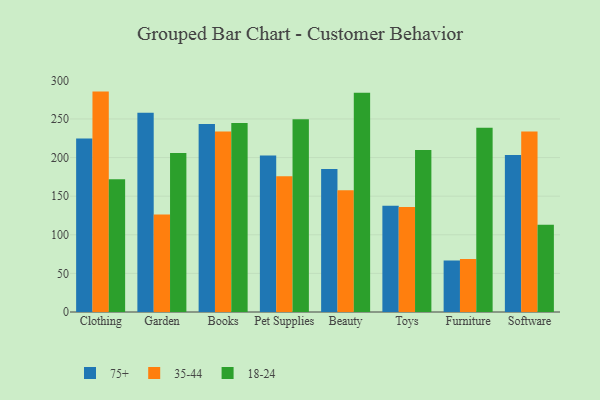
{"axis": {"x": "Category", "y": "Production Output"}, "legend": ["18-24", "35-44", "75+"], "data": [{"x": "Clothing", "y": 224.8, "type": "75+"}, {"x": "Clothing", "y": 285.4, "type": "35-44"}, {"x": "Clothing", "y": 171.9, "type": "18-24"}, {"x": "Garden", "y": 257.9, "type": "75+"}, {"x": "Garden", "y": 126.1, "type": "35-44"}, {"x": "Garden", "y": 205.9, "type": "18-24"}, {"x": "Books", "y": 243.5, "type": "75+"}, {"x": "Books", "y": 233.6, "type": "35-44"}, {"x": "Books", "y": 244.7, "type": "18-24"}, {"x": "Pet Supplies", "y": 202.6, "type": "75+"}, {"x": "Pet Supplies", "y": 175.8, "type": "35-44"}, {"x": "Pet Supplies", "y": 249.7, "type": "18-24"}, {"x": "Beauty", "y": 185.1, "type": "75+"}, {"x": "Beauty", "y": 157.6, "type": "35-44"}, {"x": "Beauty", "y": 284.0, "type": "18-24"}, {"x": "Toys", "y": 137.5, "type": "75+"}, {"x": "Toys", "y": 135.9, "type": "35-44"}, {"x": "Toys", "y": 209.7, "type": "18-24"}, {"x": "Furniture", "y": 66.7, "type": "75+"}, {"x": "Furniture", "y": 68.6, "type": "35-44"}, {"x": "Furniture", "y": 238.5, "type": "18-24"}, {"x": "Software", "y": 203.4, "type": "75+"}, {"x": "Software", "y": 233.6, "type": "35-44"}, {"x": "Software", "y": 112.9, "type": "18-24"}]}